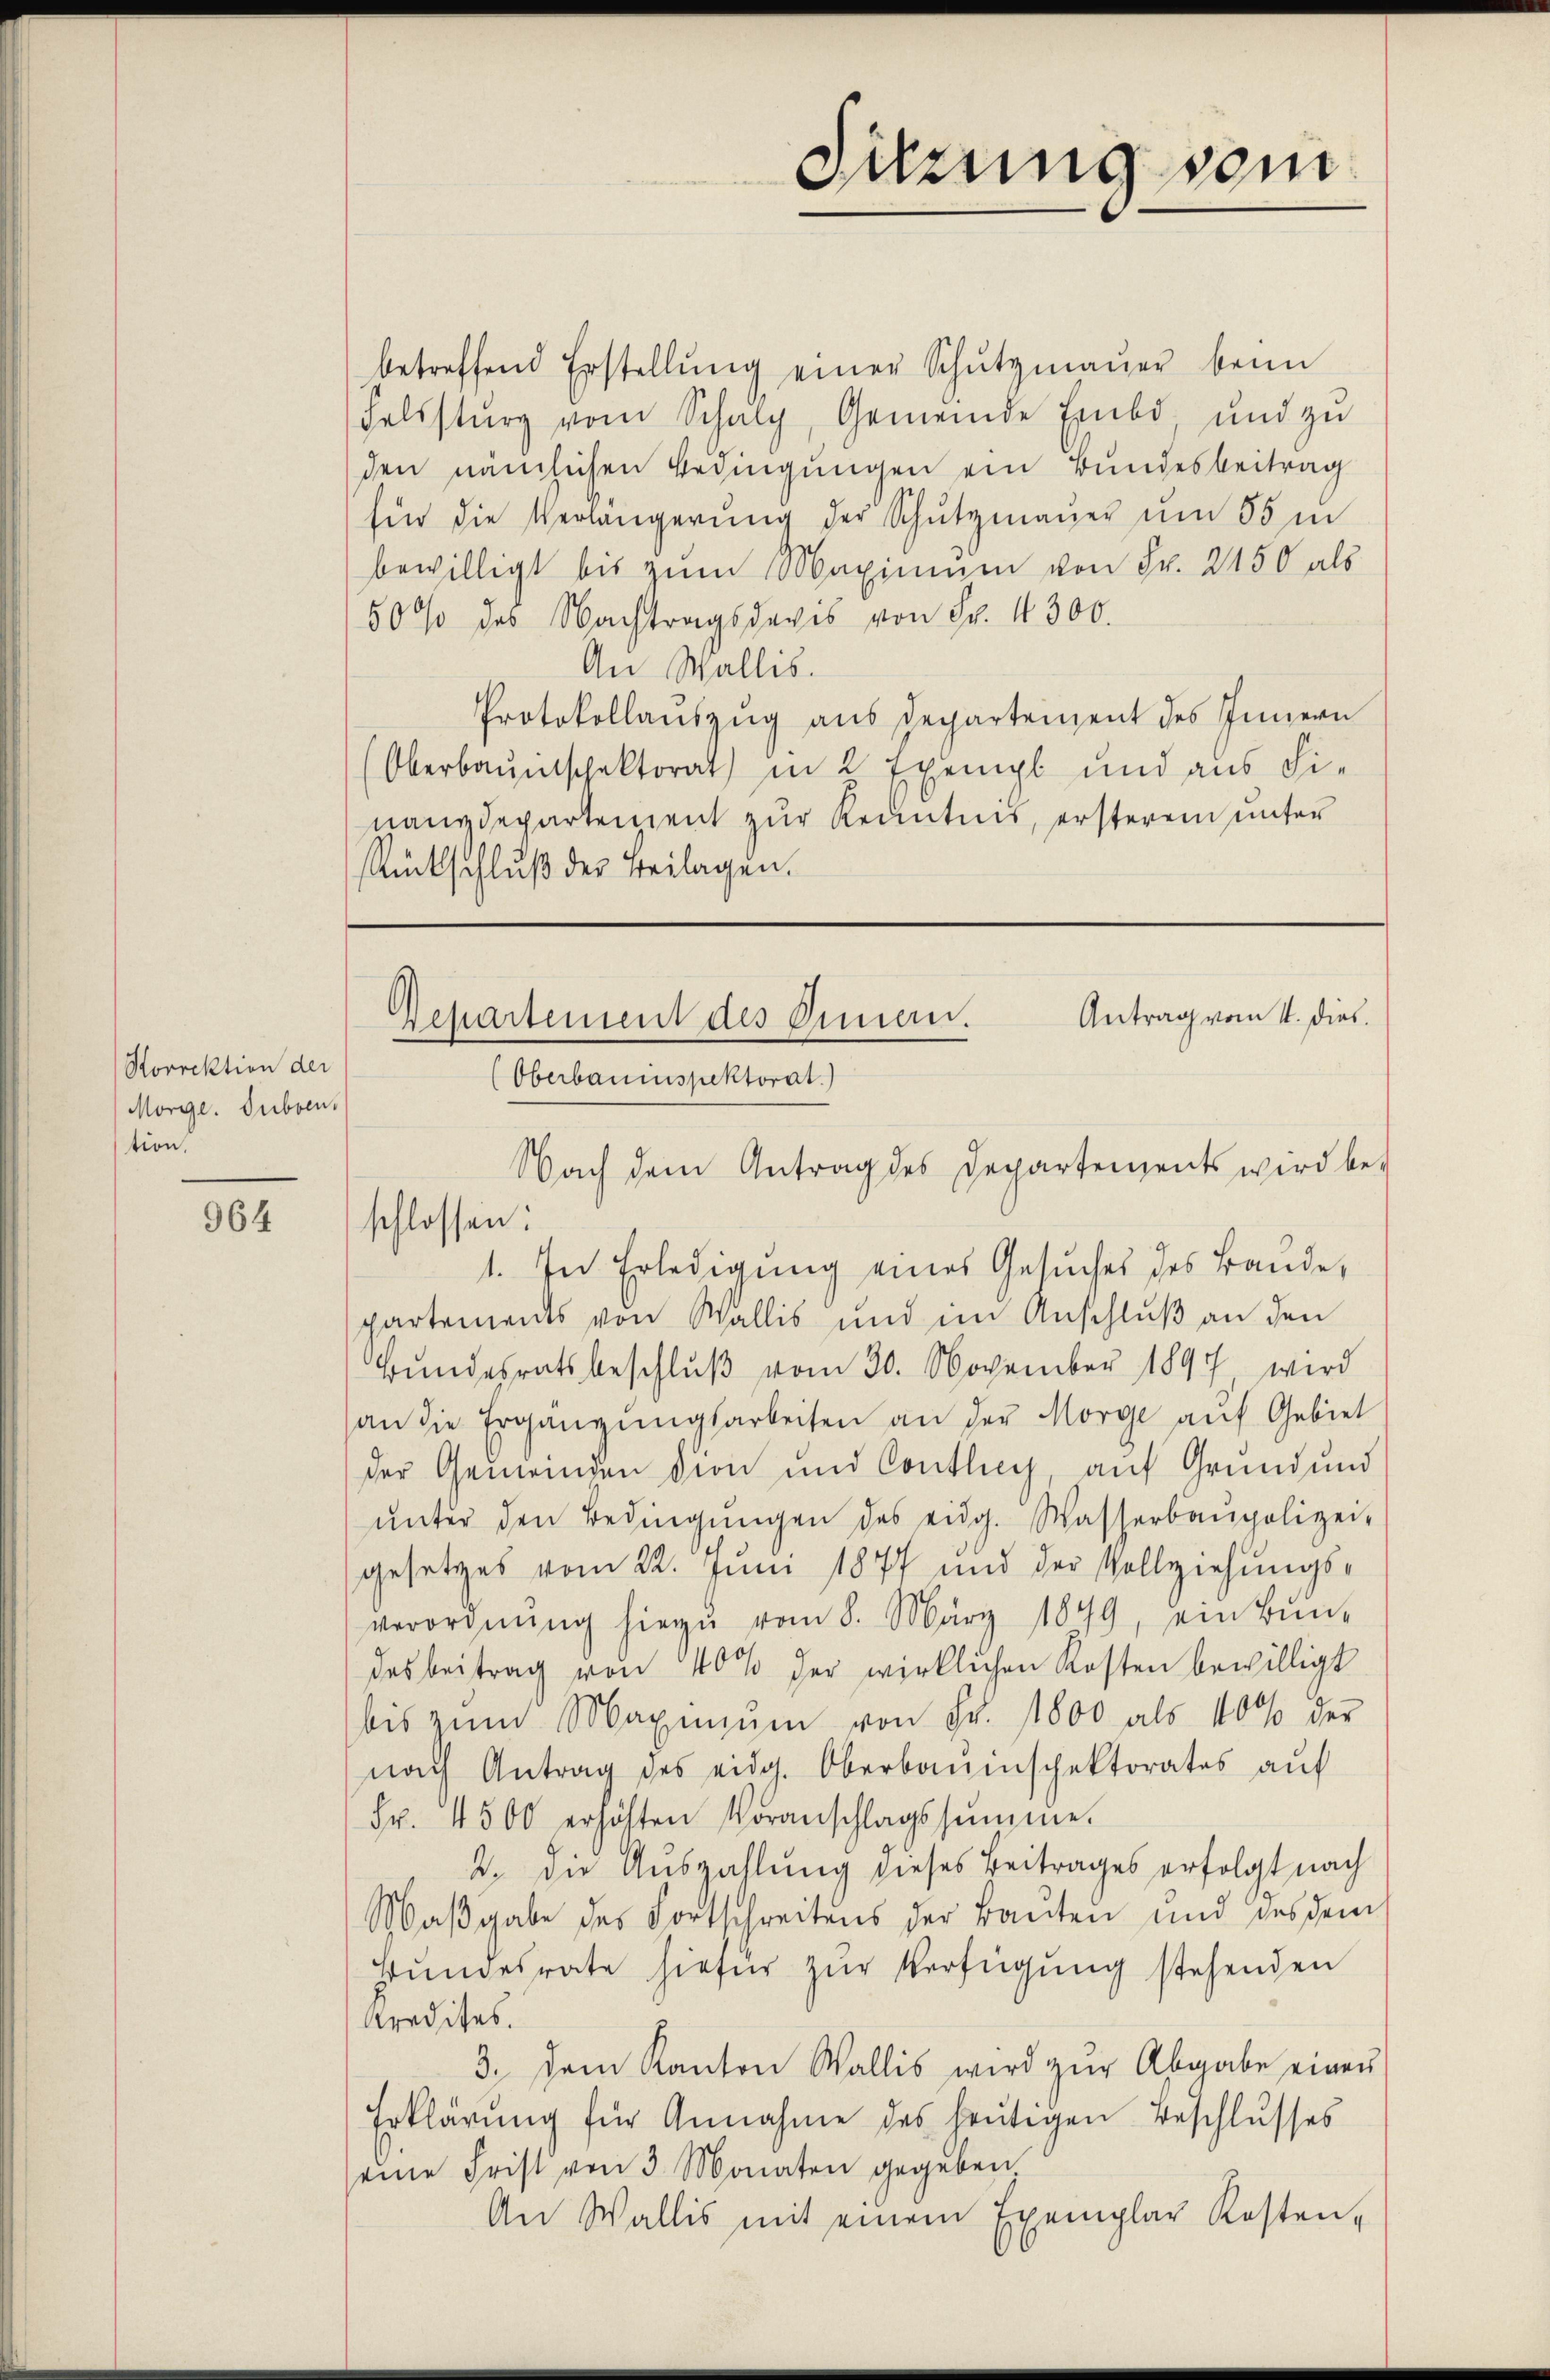
Sorrektion der
Morge. Subven
tion,

964

1. In Erledigung eines Gesuches des Bande,
partements von Wallis und im Anschluß an den
Bundesratsbeschlŭβ vom 30. November 1891 wird
an die Ergänzŭngsarbeiten an der Morge aŭf Gebiet
der Gemeinden Dion und Contig, auf Grund und
ŭnter den Bedingŭngen des eidg. Wasserbaupolizei-
gesetzes vom 22. Juni 1877 und der Vollziehungs-
verordnŭng hiezŭ vom 8. März 1849, ein Bun-
desbeitrag von 40% der wirklichen Kosten bewilligt
bis zŭm Maximŭm von Fr. 1800 als 10% der
nach Antrag des eidg. Oberbauenschektorates aŭf
Fr. 4500 erhöhten Voranschlagssumme.
2. die Auszahlung dieses Beitrages erfolgt nach
Maβgabe des Fortschreitens der Bauten und des dem
Bŭndesrate hiefür zŭr Verfügung stehenden
Kredites.
3. Dem Kanton Wallis wird zŭr Abgabe einer
Erklärung für Annahme des heutigen Beschlusses
eine Frist von 3 Monaten gegeben
An Wallis mit einem Exemplar Kosten-

betreffend Erstellŭng einer Schŭtzmaŭer beim
Felssturz vom Schalp, Gemeinde Embo, und zu
den nämlichen Bedingungen ein Bundesbeitrag
fin die Verlängerŭng der Schutzmaŭer um 85 m
bewilligt bis zum Maximum von Fr. 2450 als
500 des Nachtragsdavis von Fr. 4300.
An Wallis.
Protokollauszug aus Departement des Innern
Oberbaŭntschaktorat in 2 Exempl und aŭs Fi-
nanzdepartement zur Kenntnis, ersterem unter
Rückschlŭβ der Beilagen.

Antrag vom 1. dies.
Departement des Innern.
(Oberbauinspektorat.)
Nach dem Antrag des Departements wird be-

schlossen:

Suzung sein.